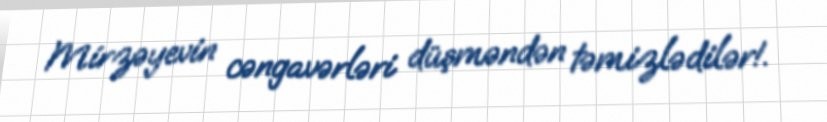
Mirzəyevin cəngavərləri düşməndən təmizlədilər!.